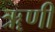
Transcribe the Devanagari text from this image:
ॠणी